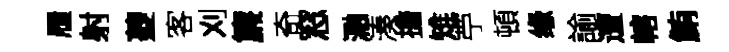
履射夔客刈簾奇窓瀜湊擔雉苧頓缘諭遭轄鮪